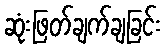
ဆုံးဖြတ်ချက်ချခြင်း